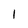
Character: 1